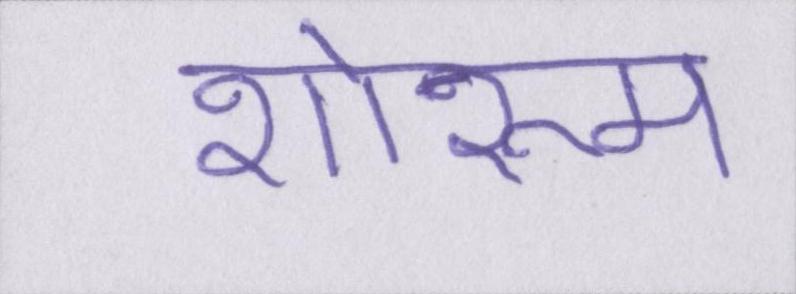
शोरूम